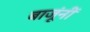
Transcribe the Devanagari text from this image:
बाजूंनीं